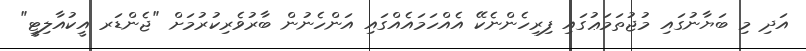
އަދި މި ބަޔާނުގައި މުޖުތަމަޢުގައި ފިރިހެންނެކޭ އެއްހަމައެއްގައި އަންހެނުން ބާރުވެރިކުރުމަށް "ޖެންޑަރ އީކުއާލިޓީ"